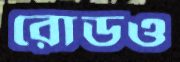
রোডও